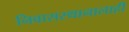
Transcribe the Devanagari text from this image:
निवासस्थानालाही